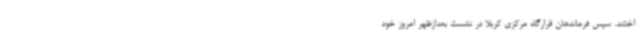
اختند. سپس فرماندهان قرارگاه مرکزی کربلا در نشست بعدازظهر امروز خود